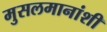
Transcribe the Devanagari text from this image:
मुसलमानांशी